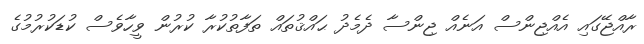
ރާއްޖޭގައި އެއްޖިންސް އަނެއް ޖިންސާ ދެމެދު ޙައްޤުތައް ތަފާތުކުރާ ކުރުން ވީހާވެސް ކުޑަކުރުމުގެ